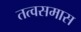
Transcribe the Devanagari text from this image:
तत्वसमास